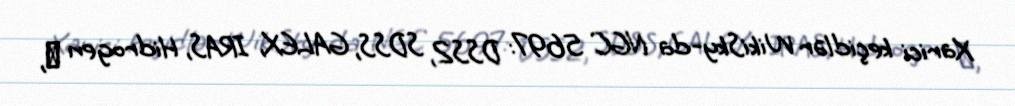
Xarici keçidlər WikiSky-da NGC 5697: DSS2, SDSS, GALEX, IRAS, Hidrogen α,